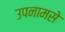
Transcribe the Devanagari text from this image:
उपनामसे